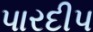
પારદીપ